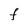
Character: F